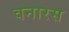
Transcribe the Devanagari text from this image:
वनारस